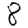
Digit: 8